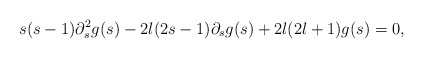
\begin{align*}s(s-1) \partial_s^2 g(s) - 2l(2s-1)\partial_s g(s) + 2l(2l+1)g(s) = 0,\end{align*}